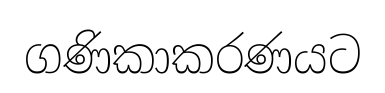
ගණිකාකරණයට